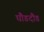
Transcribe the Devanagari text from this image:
घौडदौड